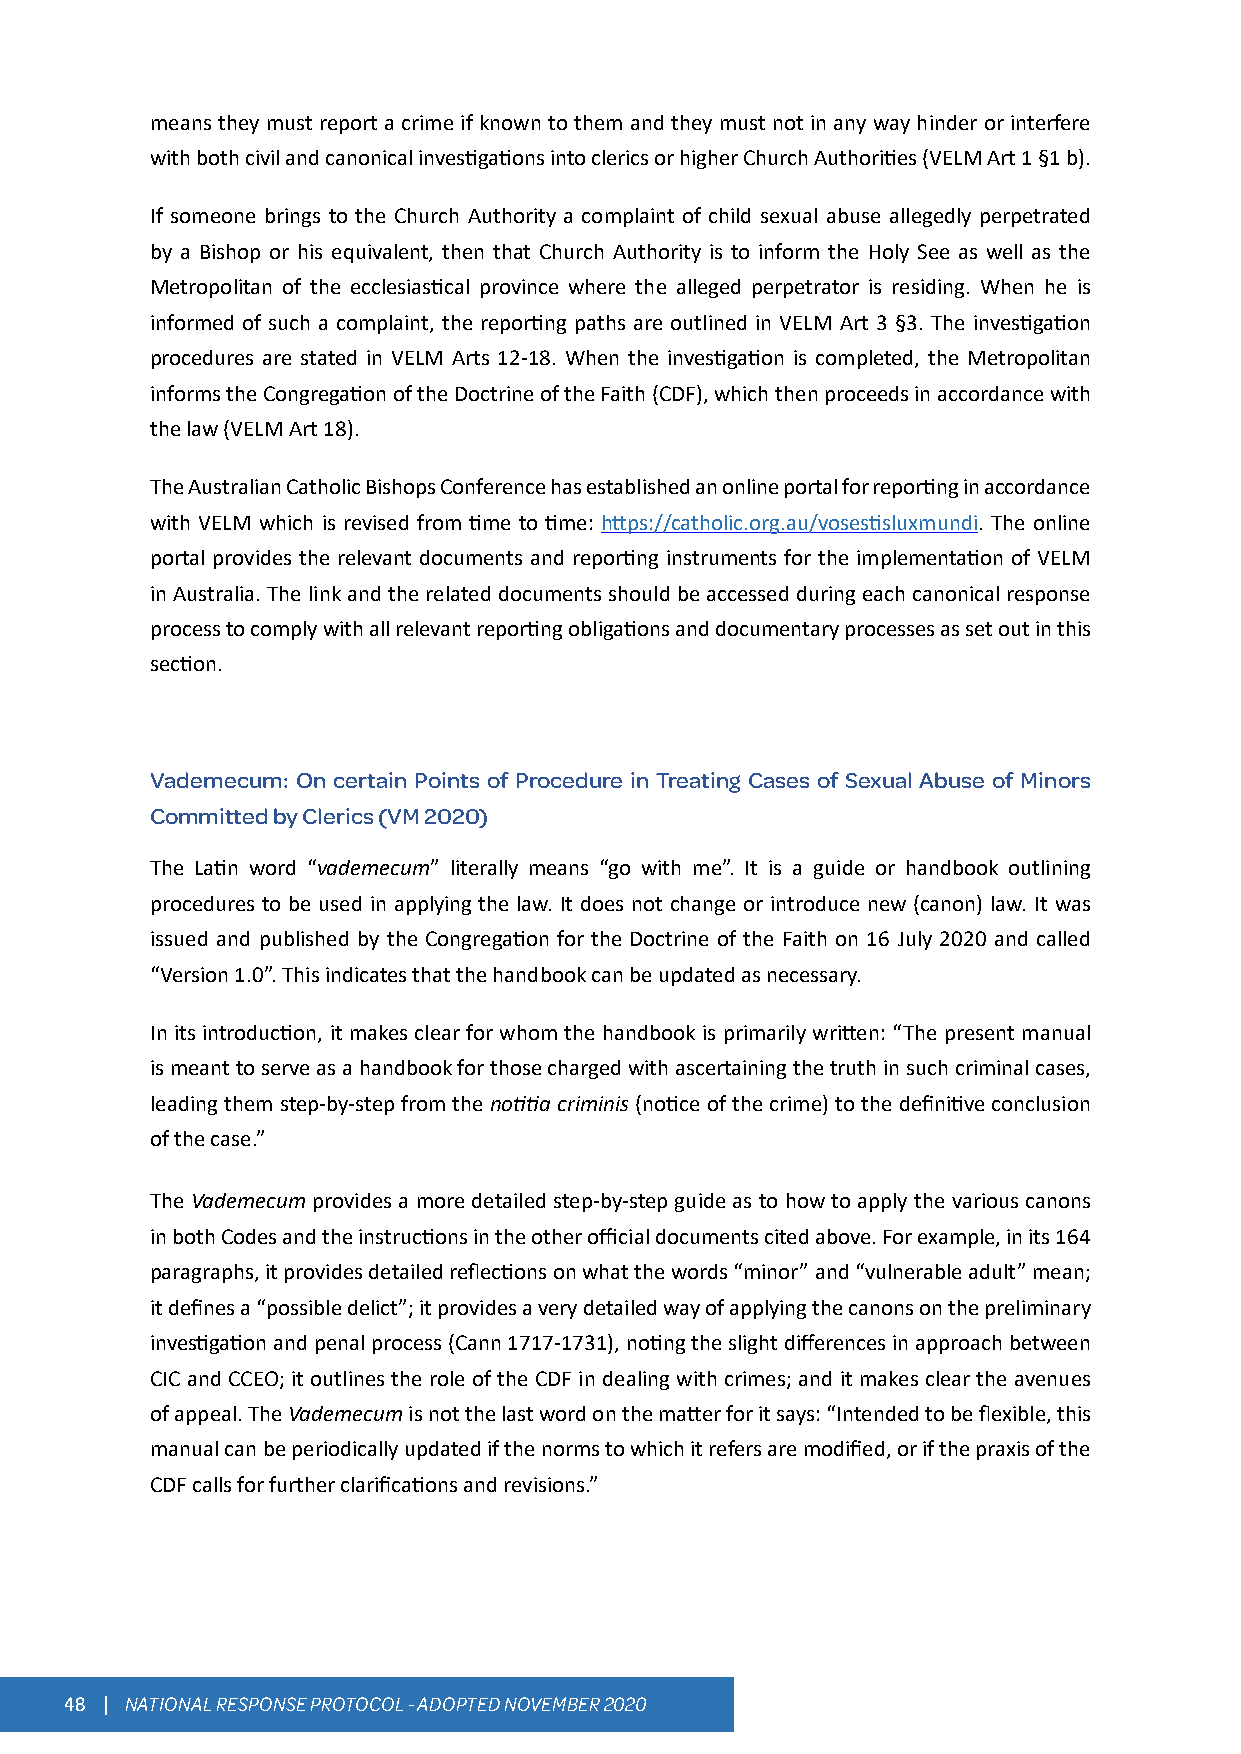
means they must report a crime if known to them and they must not in any way hinder or interfere
 with both civil and canonical investigations into clerics or higher Church Authorities (VELM Art 1 §1 b).
 If someone brings to the Church Authority a complaint of child sexual abuse allegedly perpetrated
 by a Bishop or his equivalent, then that Church Authority is to inform the Holy See as well as the
 Metropolitan of the ecclesiastical province where the alleged perpetrator is residing. When he is
 informed of such a complaint, the reporting paths are outlined in VELM Art 3 §3. The investigation
 procedures are stated in VELM Arts 12-18. When the investigation is completed, the Metropolitan
 informs the Congregation of the Doctrine of the Faith (CDF), which then proceeds in accordance with
 the law (VELM Art 18).
 The Australian Catholic Bishops Conference has established an online portal for reporting in accordance
 with VELM which is revised from time to time: https://catholic.org.au/vosestisluxmundi. The online
 portal provides the relevant documents and reporting instruments for the implementation of VELM
 in Australia. The link and the related documents should be accessed during each canonical response
 process to comply with all relevant reporting obligations and documentary processes as set out in this
 section.
 Vademecum: On certain Points of Procedure in Treating Cases of Sexual Abuse of Minors
 Committed by Clerics (VM 2020)
 The Latin word “vademecum” literally means “go with me”. It is a guide or handbook outlining
 procedures to be used in applying the law. It does not change or introduce new (canon) law. It was
 issued and published by the Congregation for the Doctrine of the Faith on 16 July 2020 and called
 “Version 1.0”. This indicates that the handbook can be updated as necessary.
 In its introduction, it makes clear for whom the handbook is primarily written: “The present manual
 is meant to serve as a handbook for those charged with ascertaining the truth in such criminal cases,
 leading them step-by-step from the notitia criminis (notice of the crime) to the definitive conclusion
 of the case.”
 The Vademecum provides a more detailed step-by-step guide as to how to apply the various canons
 in both Codes and the instructions in the other official documents cited above. For example, in its 164
 paragraphs, it provides detailed reflections on what the words “minor” and “vulnerable adult” mean;
 it defines a “possible delict”; it provides a very detailed way of applying the canons on the preliminary
 investigation and penal process (Cann 1717-1731), noting the slight differences in approach between
 CIC and CCEO; it outlines the role of the CDF in dealing with crimes; and it makes clear the avenues
 of appeal. The Vademecum is not the last word on the matter for it says: “Intended to be flexible, this
 manual can be periodically updated if the norms to which it refers are modified, or if the praxis of the
 CDF calls for further clarifications and revisions.”
 48 | NATIONAL RESPONSE PROTOCOL - ADOPTED NOVEMBER 2020